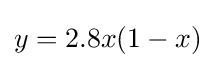
y=2.8x(1-x)